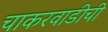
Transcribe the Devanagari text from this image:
चाकरवाडीची